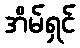
အိမ်ရှင်